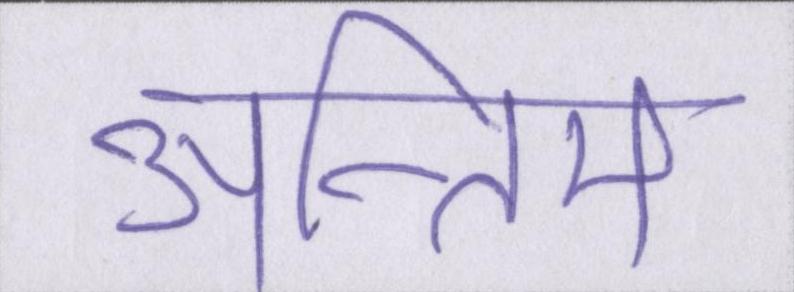
अन्तिम